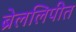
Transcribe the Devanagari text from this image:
ब्रेललिपीत